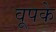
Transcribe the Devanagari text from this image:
वूपके